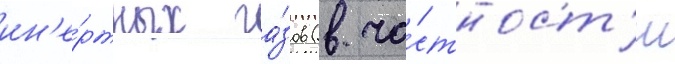
ин'е́ртных га́зов (в ча́стност'и